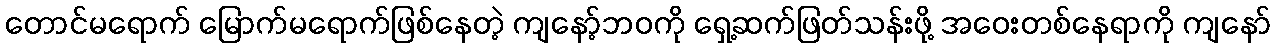
တောင်မရောက် မြောက်မရောက်ဖြစ်နေတဲ့ ကျနော့်ဘဝကို ရှေ့ဆက်ဖြတ်သန်းဖို့ အဝေးတစ်နေရာကို ကျနော်